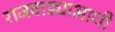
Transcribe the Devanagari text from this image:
राजवाड्याआधी